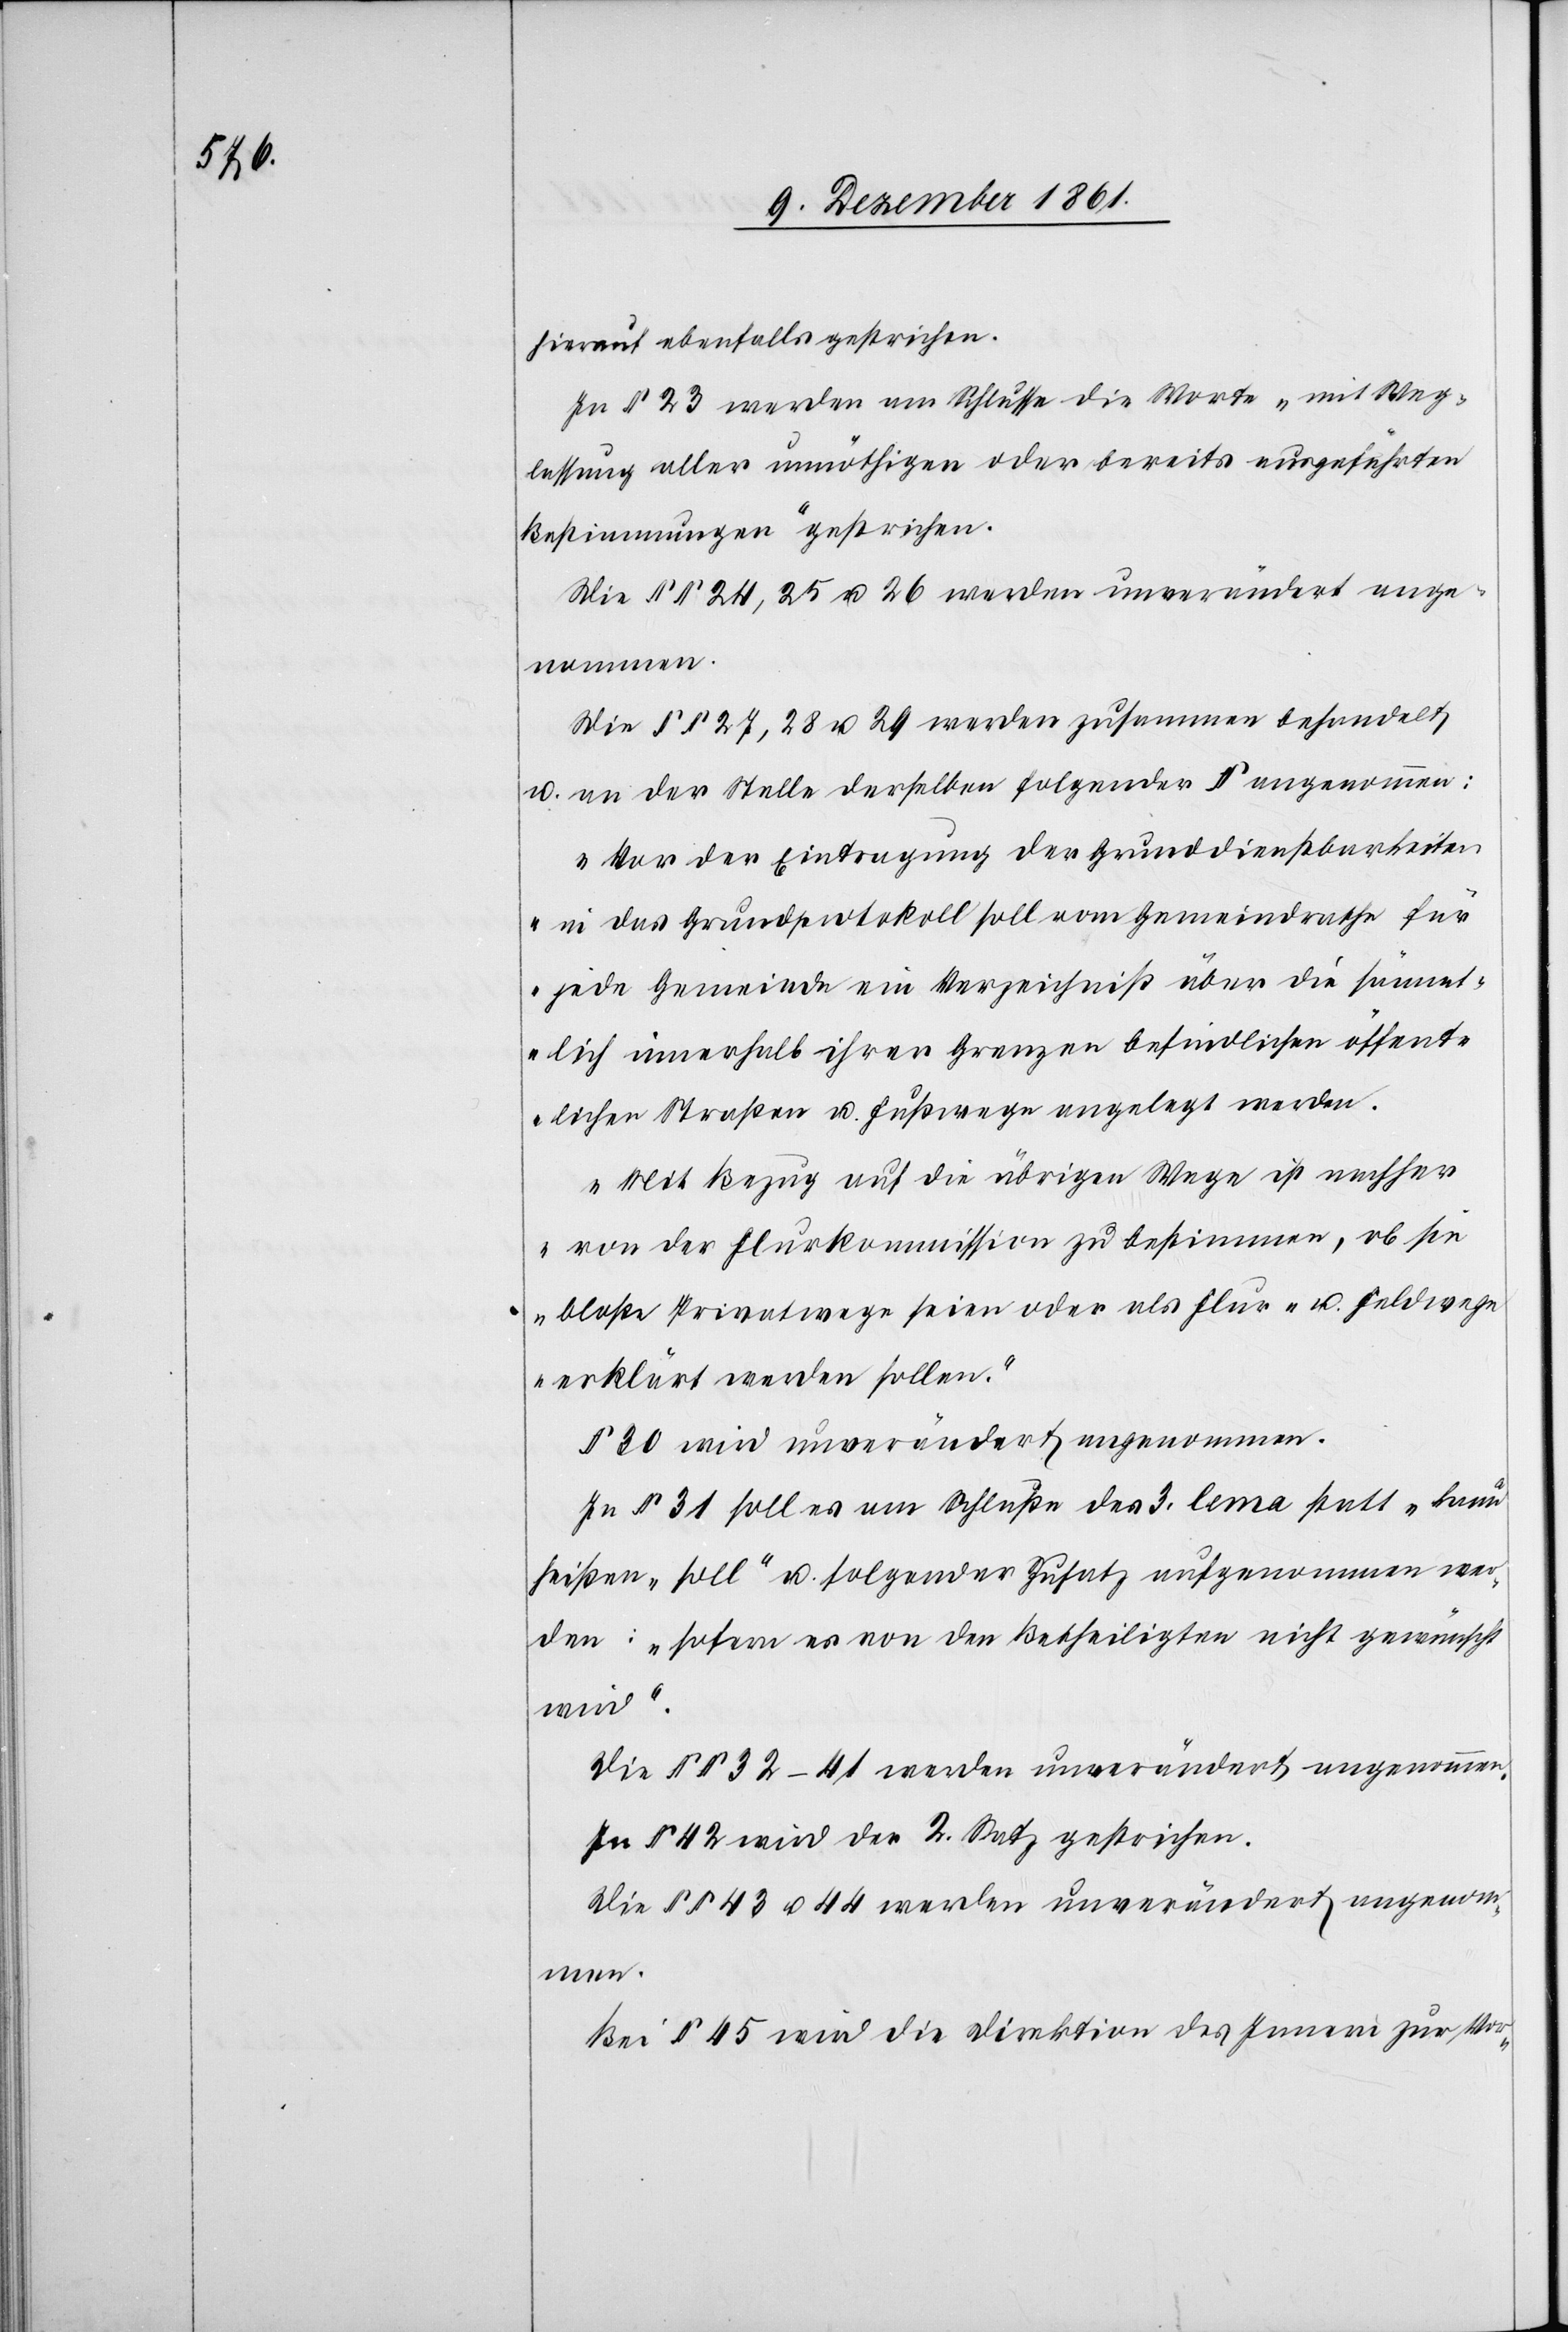
hierauf ebenfalls gestrichen.
In § 23 werden am Schlusse die Worte „mit Weg¬
lassung aller unnöthigen oder bereits ausgeführten
Bestimmungen“ gestrichen.
Die §§ 24, 25 u. 26 werden unverändert ange¬
nommen.
Die §§ 27, 28 u. 29 werden zusammen behandelt
u. an der Stelle derselben folgender § angenommen:
„Vor der Eintragung der Grunddienstbarkeiten
in das Grundprotokoll soll vom Gemeindrathe für
jede Gemeinde ein Verzeichniß über die sämmt¬
lich innerhalb ihrer Grenzen befindlichen öffent¬
lichen Straßen u. Fußwege angelegt werden.
Mit Bezug auf die übrigen Wege ist nachher
von der Flurkommission zu bestimmen, ob sie
bloße Privatwege seien oder als Flur- u. Feldwege
erklärt werden sollen.“
§ 30 wird unverändert angenommen.
In § 31 soll es am Schluße des 3 lema statt „kann“
heißen „soll“ u. folgender Zusatz aufgenommen wer¬
den: „sofern es von den Betheiligten nicht gewünscht
wird“.
Die §§ 32–41 werden unverändert angenommen.
In § 42 wird der 2 Satz gestrichen.
Die §§ 43 u. 44 werden unverändert angenom¬
men.
Bei § 45 wird die Direktion des Innern zur Vor-